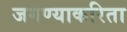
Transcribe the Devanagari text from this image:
जगण्याकरिता